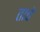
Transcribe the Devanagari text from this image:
ताचे